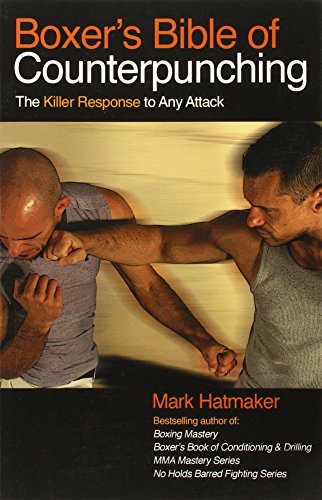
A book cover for Boxer's Bible of Counterpunching: The Killer Response to Any Attack; Mark Hatmaker; Sports & Outdoors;